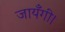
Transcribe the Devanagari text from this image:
जायँगी।